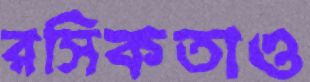
রসিকতাও